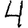
Digit: 4